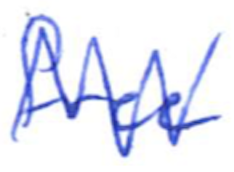
Text: free
Cross-out: zig-zag
Writing tool: ballpoint